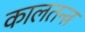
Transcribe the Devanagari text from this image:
कालतन्त्र